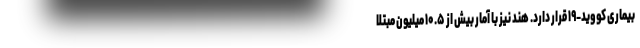
بیماری کووید-۱۹ قرار دارد. هند نیز با آمار بیش از ۱۰.۵ میلیون مبتلا